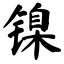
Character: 镍